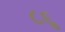
૮૬ૢ